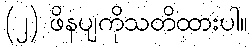
(၂) ဖိနပျကိုသတိထားပါ။